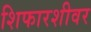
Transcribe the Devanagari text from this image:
शिफारशीवर